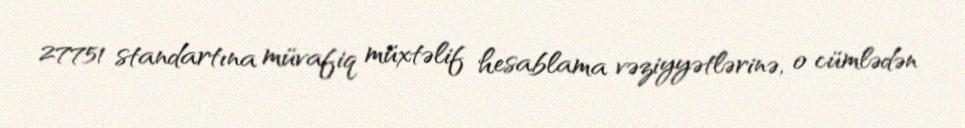
27751 standartına müvafiq müxtəlif hesablama vəziyyətlərinə, o cümlədən